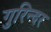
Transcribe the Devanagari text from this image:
गुरिन्दर